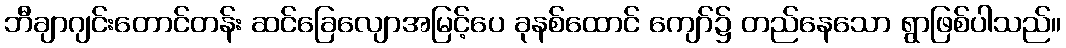
ဘီချာဂျင်းတောင်တန်း ဆင်ခြေလျောအမြင့်ပေ ခုနစ်ထောင် ကျော်၌ တည်နေသော ရွာဖြစ်ပါသည်။